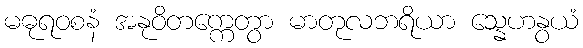
မဓုရဝစနံ အနုဝိတက္ကေတွာ မာတုလဘရိယာ သ္နေဟနွယံ